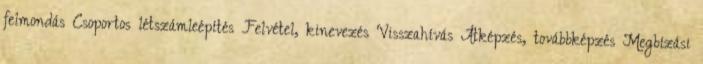
felmondás Csoportos létszámleépítés Felvétel, kinevezés Visszahívás Átképzés, továbbképzés Megbízási